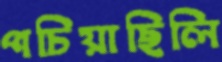
পচিয়াছিলি